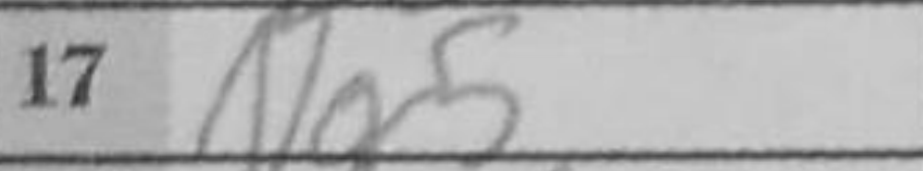
Transcription: Ng5